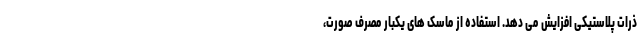
ذرات پلاستیکی افزایش می دهد. استفاده از ماسک های یکبار مصرف صورت،